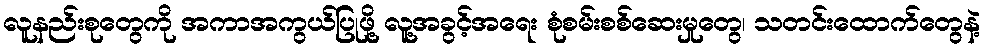
လူနည်းစုတွေကို အကာအကွယ်ပြုဖို့ လူ့အခွင့်အရေး စုံစမ်းစစ်ဆေးမှုတွေ၊ သတင်းထောက်တွေနဲ့